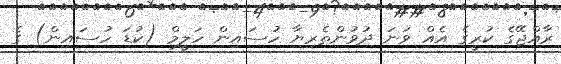
ރާއްޖޭގެ ކުރީގެ އެއް ވަނަ ދުވުންތެރިޔާ ހުސައިން ހަލީމް (ކުޑަ ހުސައިން) ގެ